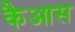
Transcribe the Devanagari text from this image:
कैआस